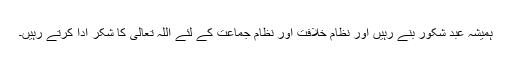
ہمیشہ عبد شکور بنے رہیں اور نظام خلافت اور نظام جماعت کے لئے اللہ تعالیٰ کا شکر ادا کرتے رہیں۔